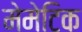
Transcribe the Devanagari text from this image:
मेमेटिक